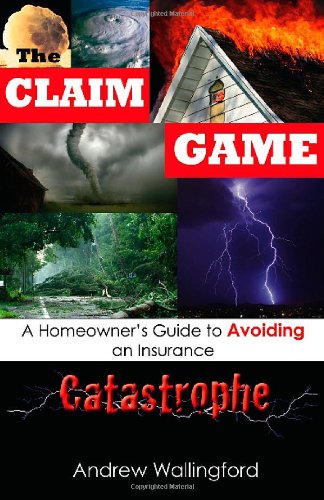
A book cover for The Claim Game: A Homeowner's Guide to Avoiding an Insurance Catastrophe; Andrew Wallingford; Business & Money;